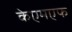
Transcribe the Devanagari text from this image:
केएमएफ